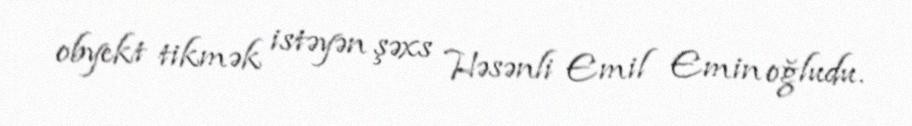
obyekt tikmək istəyən şəxs Həsənli Emil Emin oğludu.